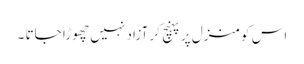
اس کو منزل پر پہنچ کر آزاد نہیں چھوڑا جاتا ۔